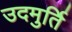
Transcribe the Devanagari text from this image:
उदमुर्ति